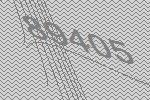
89405